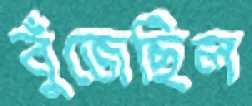
বুঁজেছিল